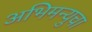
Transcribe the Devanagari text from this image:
अभिमन्युचा